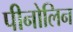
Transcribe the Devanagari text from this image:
पीनोलिन